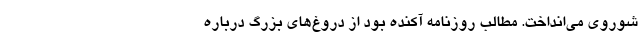
شوروی می‌انداخت. مطالب روزنامه آکنده بود از دروغ‌های بزرگ درباره